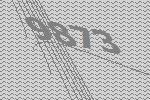
9873